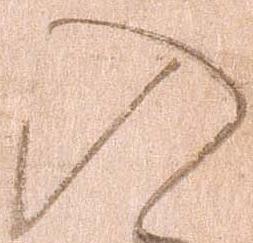
入